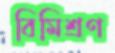
বিমিশ্রণ